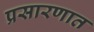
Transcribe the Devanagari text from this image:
प्रसारणात